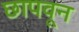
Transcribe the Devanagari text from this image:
छापवून